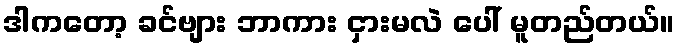
ဒါကတော့ ခင်ဗျား ဘာကား ငှားမလဲ ပေါ် မူတည်တယ်။